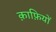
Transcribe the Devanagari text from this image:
क़ाफ़ियों